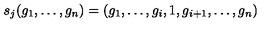
s _ { j } ( g _ { 1 } , \ldots , g _ { n } ) = ( g _ { 1 } , \ldots , g _ { i } , 1 , g _ { i + 1 } , \ldots , g _ { n } )